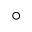
^ { \circ }